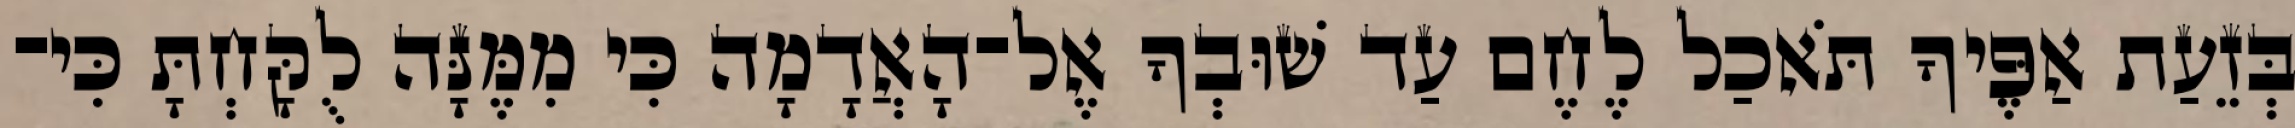
בְּזֵעַת אַפֶּיךָ תֹּאכַל לֶחֶם עַד שׁוּבְךָ אֶל־הָאֲדָמָה כִּי מִמֶּנָּה לֻקָּחְתָּ כִּי־